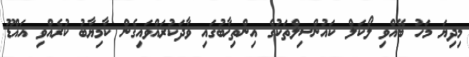
މިދިޔަ މަހު ބޭއްވި ލޯކަލް ކައުންސިލްތަކުގެ އިންތިޚާބުގައި ވާދަކުރައްވައިގެން ކާމިޔާބު ކުރެއްވި އައްޑޫ